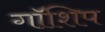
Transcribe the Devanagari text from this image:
गॉशिप